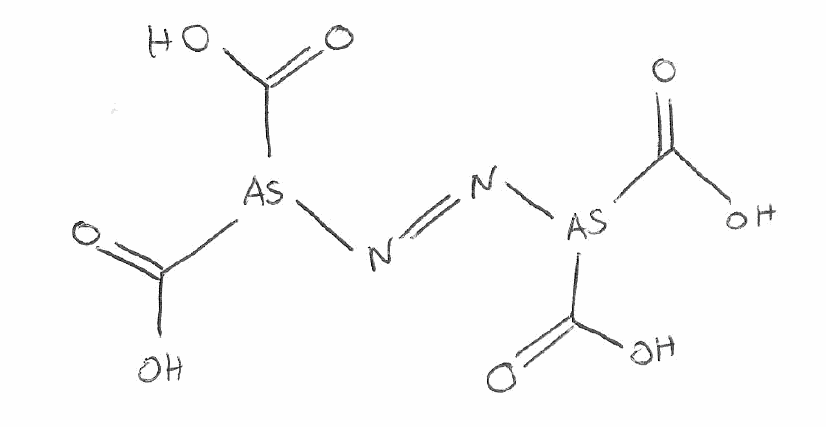
Simplified molecular-input line-entry system (SMILES) notation of the given molecule:
C(=O)(O)[As](C(=O)O)/N=N/[As](C(=O)O)C(=O)O